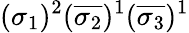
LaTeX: (\sigma_{1})^{2}(\overline{{\sigma_{2}}})^{1}(\overline{{\sigma_{3}}})^{1}